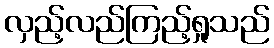
လှည့်လည်ကြည့်ရှုသည်